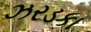
ઝરડકા